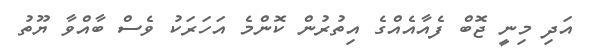
އަދި މިނީ ޖޮބް ފެއާއެއްގެ އިތުރުން ކޮންމެ އަހަރަކު ވެސް ބާއްވާ ޔޫތު